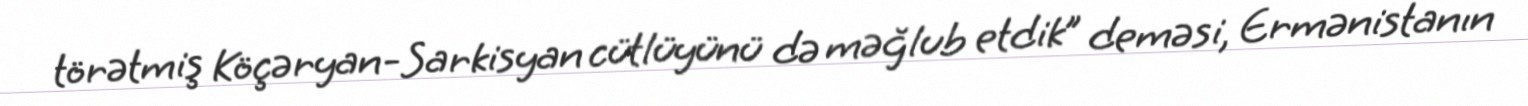
törətmiş Köçəryan-Sarkisyan cütlüyünü də məğlub etdik” deməsi, Ermənistanın